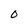
Character: O